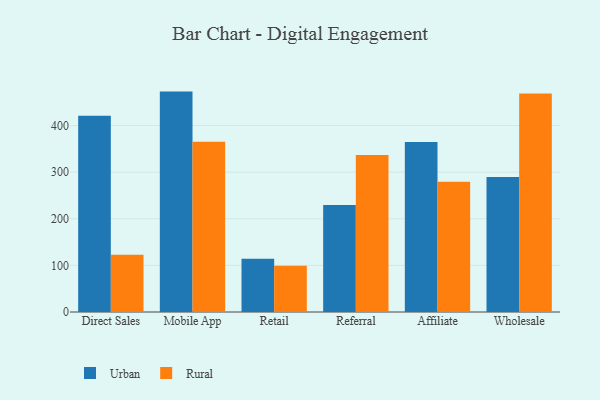
{"axis": {"x": "Channel", "y": "Shipments"}, "legend": ["Rural", "Urban"], "data": [{"x": "Direct Sales", "y": 420.7, "type": "Urban"}, {"x": "Direct Sales", "y": 122.9, "type": "Rural"}, {"x": "Mobile App", "y": 472.7, "type": "Urban"}, {"x": "Mobile App", "y": 365.4, "type": "Rural"}, {"x": "Retail", "y": 114.1, "type": "Urban"}, {"x": "Retail", "y": 99.2, "type": "Rural"}, {"x": "Referral", "y": 229.6, "type": "Urban"}, {"x": "Referral", "y": 336.8, "type": "Rural"}, {"x": "Affiliate", "y": 364.7, "type": "Urban"}, {"x": "Affiliate", "y": 279.2, "type": "Rural"}, {"x": "Wholesale", "y": 289.5, "type": "Urban"}, {"x": "Wholesale", "y": 468.5, "type": "Rural"}]}